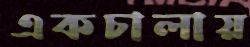
একচালায়